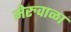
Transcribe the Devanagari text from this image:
मेरुवाळा